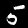
Label: 5